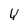
Character: Y